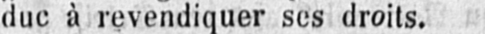
duc à revendiquer ses droits.